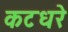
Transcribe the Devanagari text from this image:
कटधरे